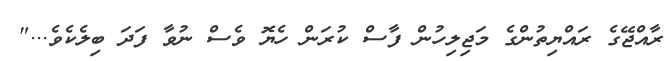
ރާއްޖޭގެ ރައްޔިތުންގެ މަޖިލިހުން ފާސް ކުރަން ހެޔޮ ވެސް ނުވާ ފަދަ ބިލެކެވެ..."